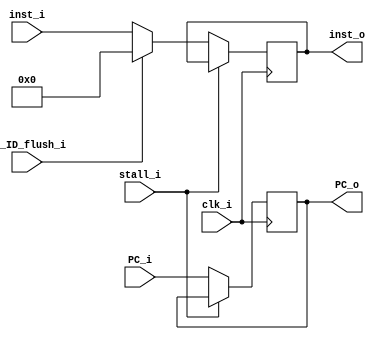
module IF_ID
(
	clk_i,
	stall_i,
	IF_ID_flush_i,
	PC_i,
	PC_o,
	inst_i,
	inst_o
);

input               clk_i;
input               stall_i;
input               IF_ID_flush_i;
input      [31 : 0] PC_i;
output     [31 : 0] PC_o;
input      [31 : 0] inst_i;
output     [31 : 0] inst_o;

reg [31 : 0] PC_reg;
reg [31 : 0] inst_reg;
assign PC_o = PC_reg;
assign inst_o = inst_reg;
always @(posedge clk_i)
begin
	if (!stall_i)
	begin
		PC_reg <= PC_i;
		if(IF_ID_flush_i)
		begin
			inst_reg <= 32'b0;
		end
		else
		begin
			inst_reg <= inst_i;
		end
	end
end

endmodule